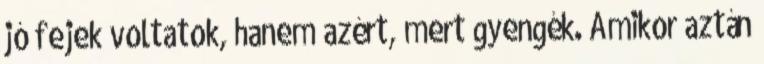
jó fejek voltatok, hanem azért, mert gyengék. Amikor aztán